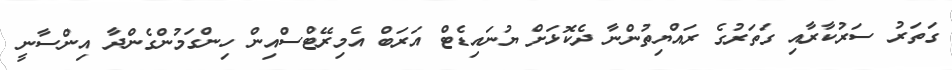
ގަތަރު ސަރުކާރާއި ގަތަރުގެ ރައްޔިތުންނާ ދެކޮޅަށް ޔުނައިޑެޓް އަރަބް އެމިރޭޓްސްއިން ހިންގަމުންގެންދާ އިންސާނީ